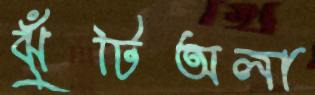
ঝুঁটিঅলা